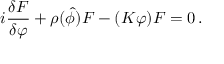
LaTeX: i \frac { \delta { \cal F } } { \delta \varphi } + \rho ( { \hat { \phi } } ) { \cal F } - ( K \varphi ) { \cal F } = 0 \, .